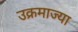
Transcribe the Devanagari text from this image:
उक्रमाज्या